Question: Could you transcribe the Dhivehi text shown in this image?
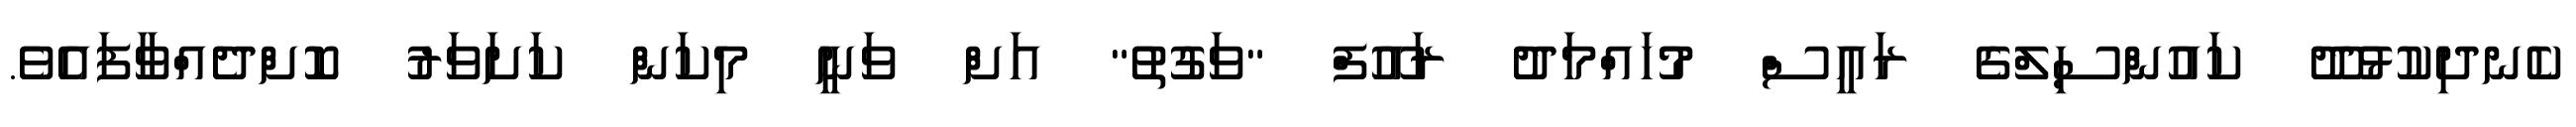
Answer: ކެނދިކުޅުދޫ ކައުންސިލްގެ ރައީސް މުހައްމަދު ރައޫފް "ވަގުތު" އަށް ވަނީ މިކަން ކަށަވަރު ކޮށްދެއްވާފައެވެ.